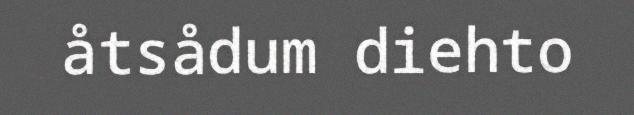
åtsådum diehto